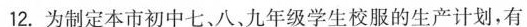
12.为制定本市初中七、八、九年级学生校服的生产计划，有